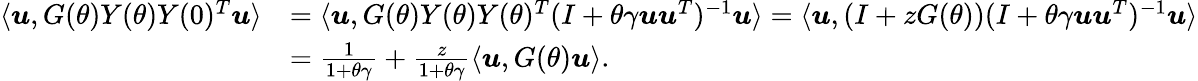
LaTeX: \begin{array}{rl}{\langle{\boldsymbol u},G(\theta)Y(\theta)Y(0)^{T}{\boldsymbol u}\rangle}&{=\langle{\boldsymbol u},G(\theta)Y(\theta)Y(\theta)^{T}(I+\theta\gamma{\boldsymbol u}{\boldsymbol u}^{T})^{-1}{\boldsymbol u}\rangle=\langle{\boldsymbol u},(I+zG(\theta))(I+\theta\gamma{\boldsymbol u}{\boldsymbol u}^{T})^{-1}{\boldsymbol u}\rangle}\\ &{=\frac{1}{1+\theta\gamma}+\frac{z}{1+\theta\gamma}\langle{\boldsymbol u},G(\theta){\boldsymbol u}\rangle.}\end{array}